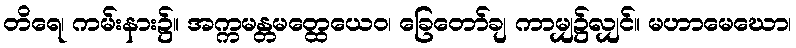
တိရေ၊ ကမ်းနား၌။ အက္ကမန္တမတ္ထေယေဝ၊ ခြေတော်ချ ကာမျှ၌လျှင်။ မဟာမေဃော၊